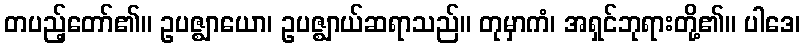
တပည့်တော်၏။ ဥပဇ္ဈာယော၊ ဥပဇ္ဈာယ်ဆရာသည်။ တုမှာကံ၊ အရှင်ဘုရားတို့၏။ ပါဒေ၊